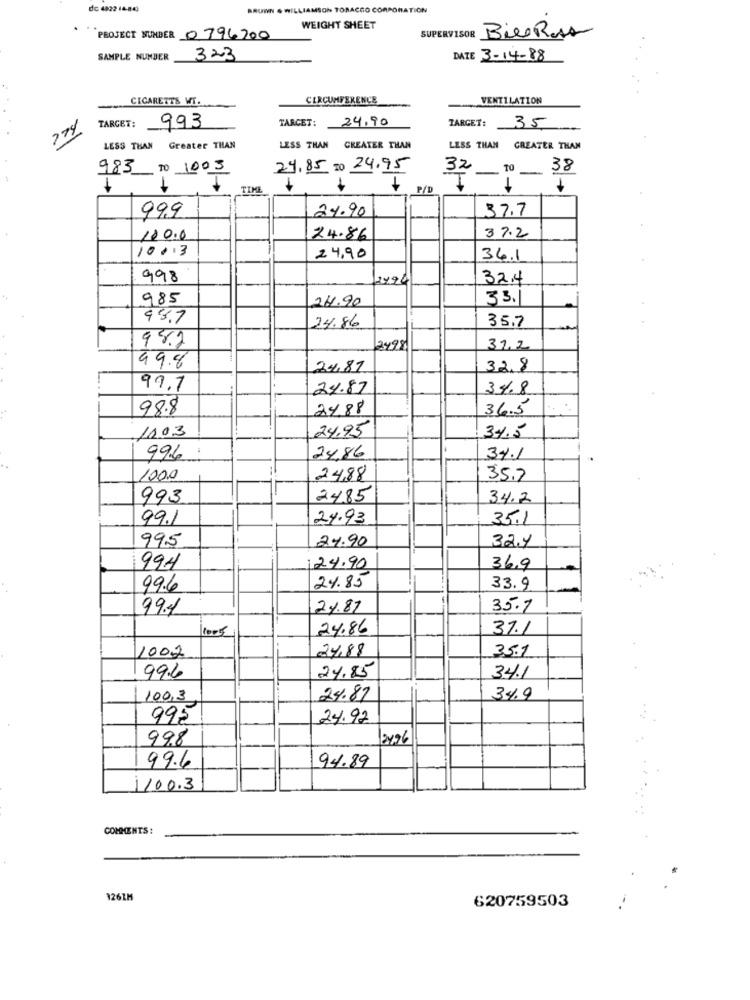
de 4822 14-84)
BROWN & WILLIAMSON TOBACCO CORPORATION
WEIGHT SHEET
PROJECT NUMBER 0796200
SUPERVISOR BileRoss
SAMPLE NUMBER
323
DATE 3-14-88
CIGARETTS WT.
CIRCUMFERENCE
VENTILATION
TARCET: 24.90
TARGET:
274
TARGET:
993
35
LESS THAN Greater THAN
LESS THAN GREATER THAN
LESS THAN GREATER THAN
983 TO 1003
24.85 20 24.95
32
TIME
1
P / D
999
24.90
37.7
37.2
100.0
24.86
10013
24,90
36.1
998
2490
32.4
985
24.90
33.
93.7
24.86
35.7
982
12498
31.2
49.8
24.81
32,8
99.7
24.87
3%8
98.8
24.88
36.5
1103
24,95
34.5
996
24.86
34.1
1000
2488
35.7
993
2485
34.2
99.1
24.93
35.1
995
24.90
32,4
994
124.90
36,9
996
24.85
33.9
991
24.87
35.7
24.86
37.1
1002
24,88
35.1
996
24.85
34.1
100,3
24.87
34.9
995
24.92
998
2196
94.89
99.6
1100.3
COMMENTS:
1261M
620759503